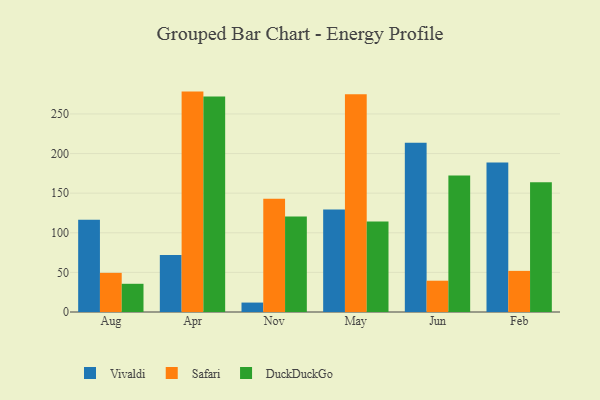
{"axis": {"x": "Month", "y": "Energy Usage (MWh)"}, "legend": ["DuckDuckGo", "Safari", "Vivaldi"], "data": [{"x": "Aug", "y": 116.6, "type": "Vivaldi"}, {"x": "Aug", "y": 49.4, "type": "Safari"}, {"x": "Aug", "y": 35.6, "type": "DuckDuckGo"}, {"x": "Apr", "y": 71.8, "type": "Vivaldi"}, {"x": "Apr", "y": 278.2, "type": "Safari"}, {"x": "Apr", "y": 272.1, "type": "DuckDuckGo"}, {"x": "Nov", "y": 11.9, "type": "Vivaldi"}, {"x": "Nov", "y": 142.9, "type": "Safari"}, {"x": "Nov", "y": 120.6, "type": "DuckDuckGo"}, {"x": "May", "y": 129.5, "type": "Vivaldi"}, {"x": "May", "y": 274.9, "type": "Safari"}, {"x": "May", "y": 114.3, "type": "DuckDuckGo"}, {"x": "Jun", "y": 213.7, "type": "Vivaldi"}, {"x": "Jun", "y": 39.5, "type": "Safari"}, {"x": "Jun", "y": 172.4, "type": "DuckDuckGo"}, {"x": "Feb", "y": 188.6, "type": "Vivaldi"}, {"x": "Feb", "y": 51.9, "type": "Safari"}, {"x": "Feb", "y": 163.7, "type": "DuckDuckGo"}]}